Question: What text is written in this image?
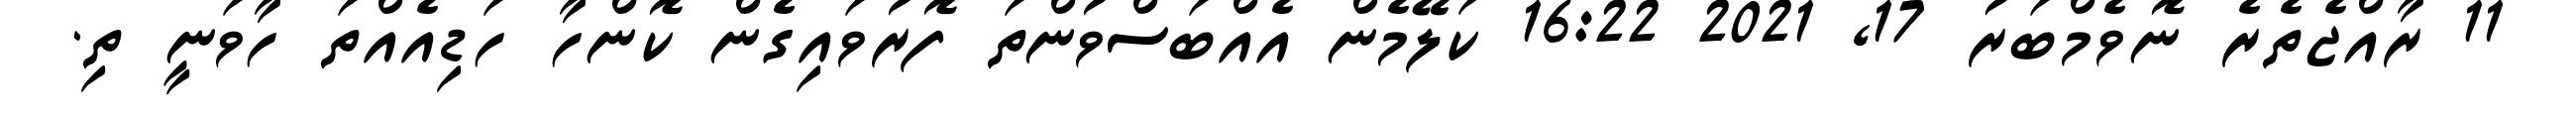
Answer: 11 ރާއްޖެތެރެ ނޮވެމްބަރު 17, 2021 16:22 ކަލޭމެން އެއްބަސްވުންތަ ފޮރުވައިގެން ކޮންހާ ހަޑިއެއްތަ ހާވަނީ ތި.